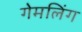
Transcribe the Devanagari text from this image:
गेमलिंग